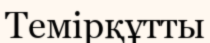
Темірқұтты